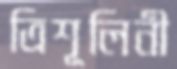
ত্রিশূলিনী